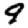
Digit: 9